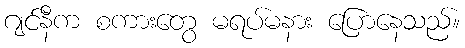
ဂျင်နီက စကားတွေ မရပ်မနား ပြောနေသည်။